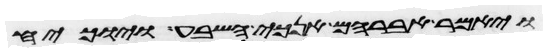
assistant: ויאמר אברהם אנכי השבע והוכיח